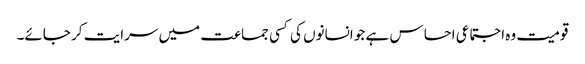
قومیت وہ اجتماعی احساس ہے جو انسانوں کی کسی جماعت میں سرایت کر جائے۔